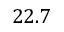
2 2 . 7